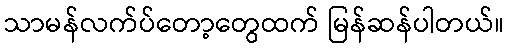
သာမန်လက်ပ်တော့တွေထက် မြန်ဆန်ပါတယ်။